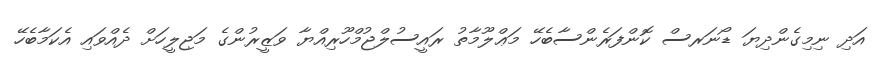
އަދި ނިމިގެންދިޔަ ޑޯނަރސް ކޮންފަރެންސާބެހޭ މަޢްލޫމާތު ރައީސުލްޖުމްހޫރިއްޔާ ވަޒީރުންގެ މަޖިލީހަށް ދެއްވައި އެކަމާބެހޭ